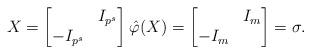
LaTeX: \begin{align*}X = \begin{bmatrix} & I_{p^s} \\ -I_{p^s} & \end{bmatrix} \hat{\varphi}(X) = \begin{bmatrix} & I_{m} \\ -I_{m} & \end{bmatrix}= \sigma.\end{align*}